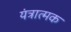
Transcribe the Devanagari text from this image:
यंत्रात्मक